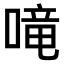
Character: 𠺠